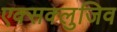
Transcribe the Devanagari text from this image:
एक्सक्लुजिव